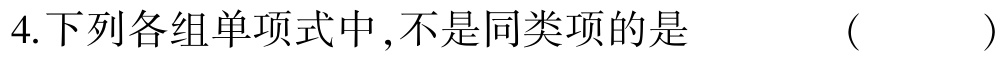
4.下列各组单项式中,不是同类项的是 （  ）